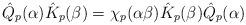
LaTeX: \begin{align*}\hat Q_p(\alpha)\hat K_p(\beta)=\chi_p(\alpha\beta)\hat K_p(\beta)\hat Q_p(\alpha)\end{align*}